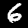
Digit: 6